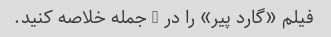
فیلم «گارد پیر» را در 3 جمله خلاصه کنید.